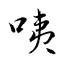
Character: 咦